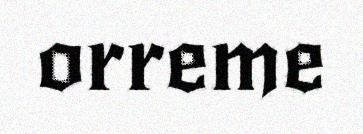
orreme